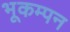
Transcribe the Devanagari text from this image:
भूकम्पन